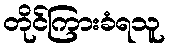
တိုင်ကြားခံရသူ